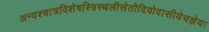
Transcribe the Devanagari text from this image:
अन्यश्चात्रविशेषस्त्रिस्थलीसेतौदिवोदासीयेचज्ञेयः